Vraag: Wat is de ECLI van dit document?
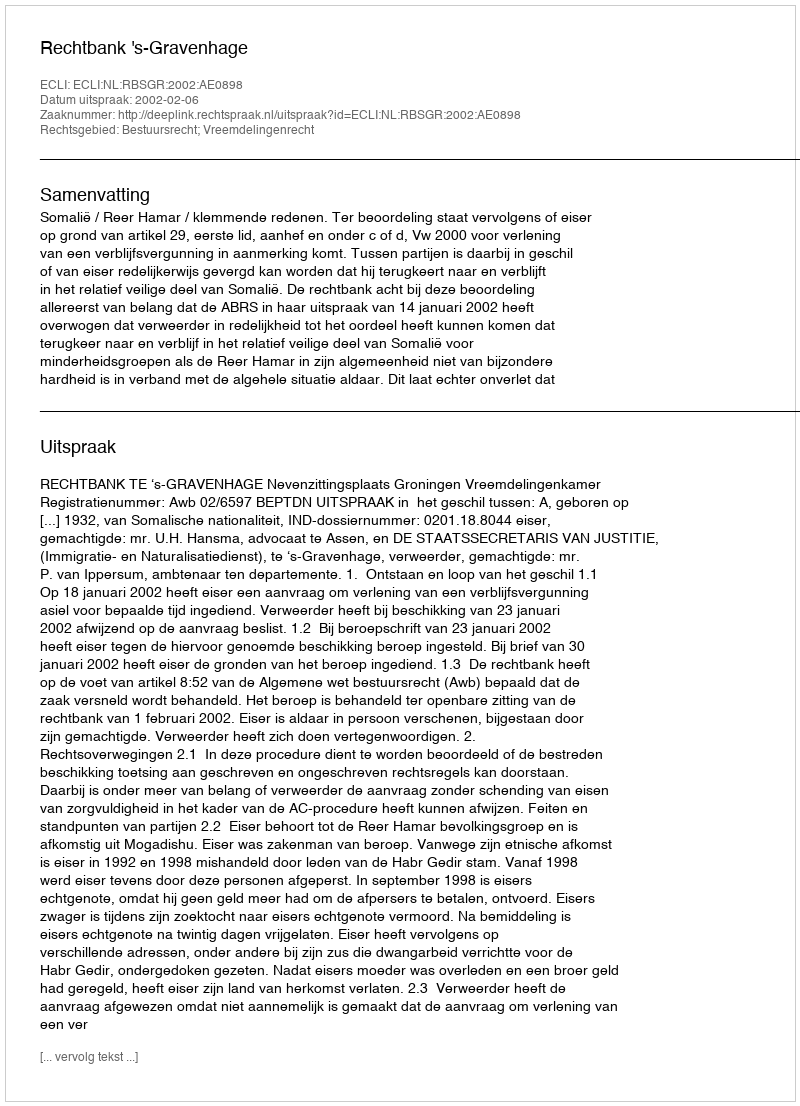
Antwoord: ECLI:NL:RBSGR:2002:AE0898